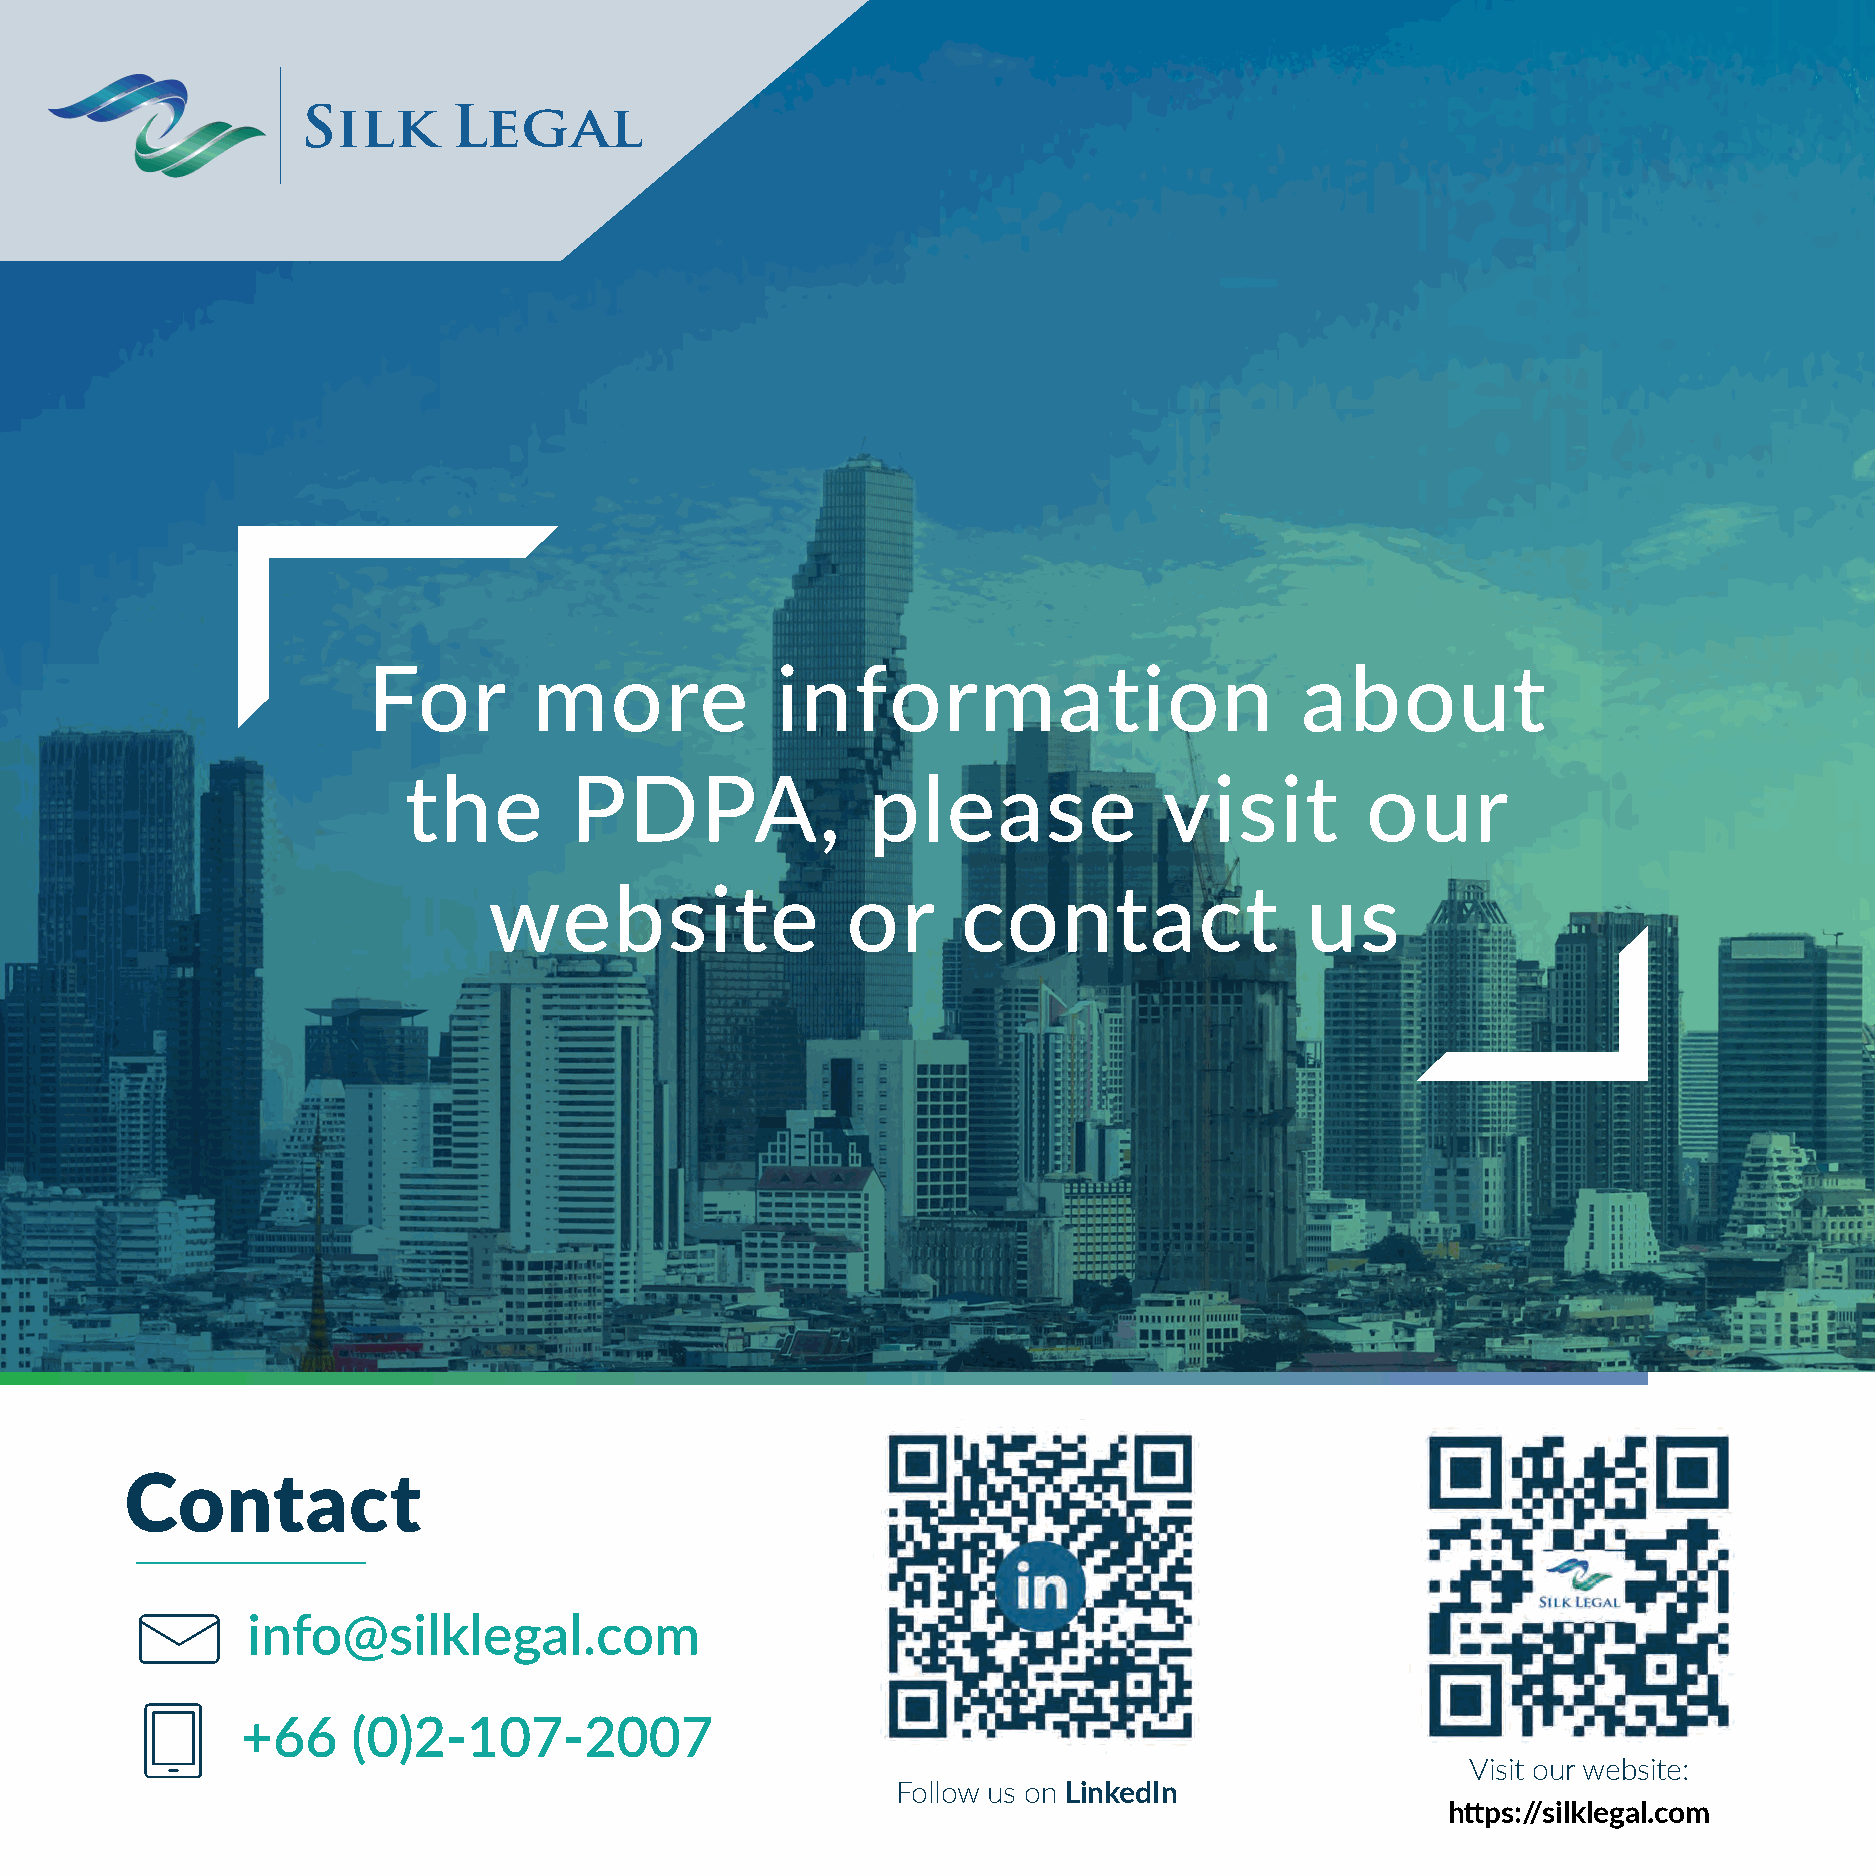
For        more            information                        about
 the        PDPA,              please              visit        our
 website                 or     contact                 us
 Contact
 info@silklegal.com
 +66    (0)2-107-2007
 Visit our website:
 Follow us on LinkedIn
 https://silklegal.com